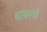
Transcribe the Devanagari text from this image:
चांबल्डी